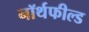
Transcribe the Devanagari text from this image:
नॉर्थफील्ड